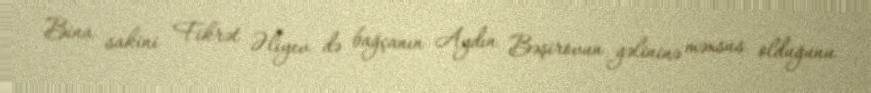
Bina sakini Fikrət Əliyev də bağçanın Aydın Bəşirovun gəlininə məxsus olduğunu